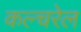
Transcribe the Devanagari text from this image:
कल्चरेल